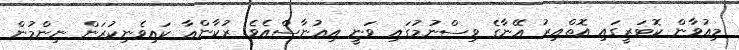
މިއުވާން ކޮޓަރީގައި އޮތްއިރު އޭނާގެ ވިސްނުމުގައި ވަނީ އިއުނާސްއެވެ. ރުކާންއާ ކައިވެނިކުރަން ނިންމުން